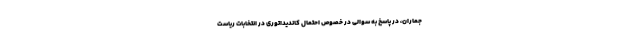
جماران، در پاسخ به سوالی در خصوص احتمال کاندیداتوری در انتخابات ریاست